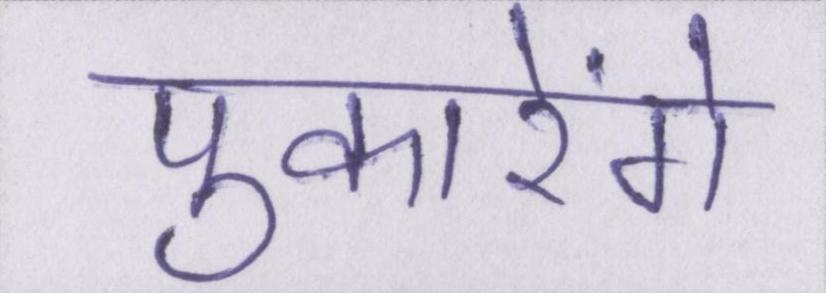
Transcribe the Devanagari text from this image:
पुकारेंगे